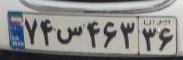
۷۴س۴۶۳۳۶